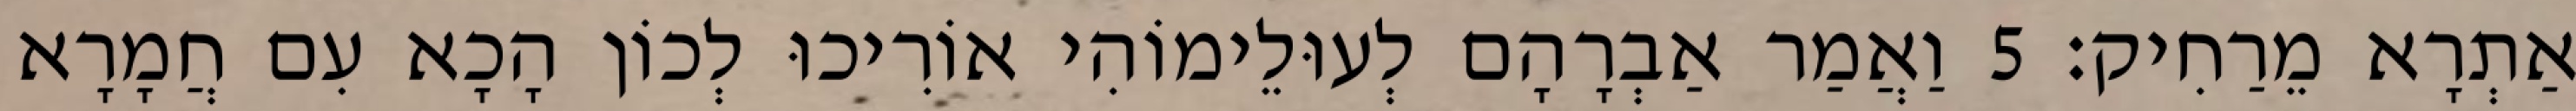
אַתְרָא מֵרַחִיק׃ 5 וַאֲמַר אַבְרָהָם לְעוּלֵימוֹהִי אוֹרִיכוּ לְכוֹן הָכָא עִם חֲמָרָא